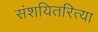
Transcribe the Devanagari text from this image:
संशयितरित्या